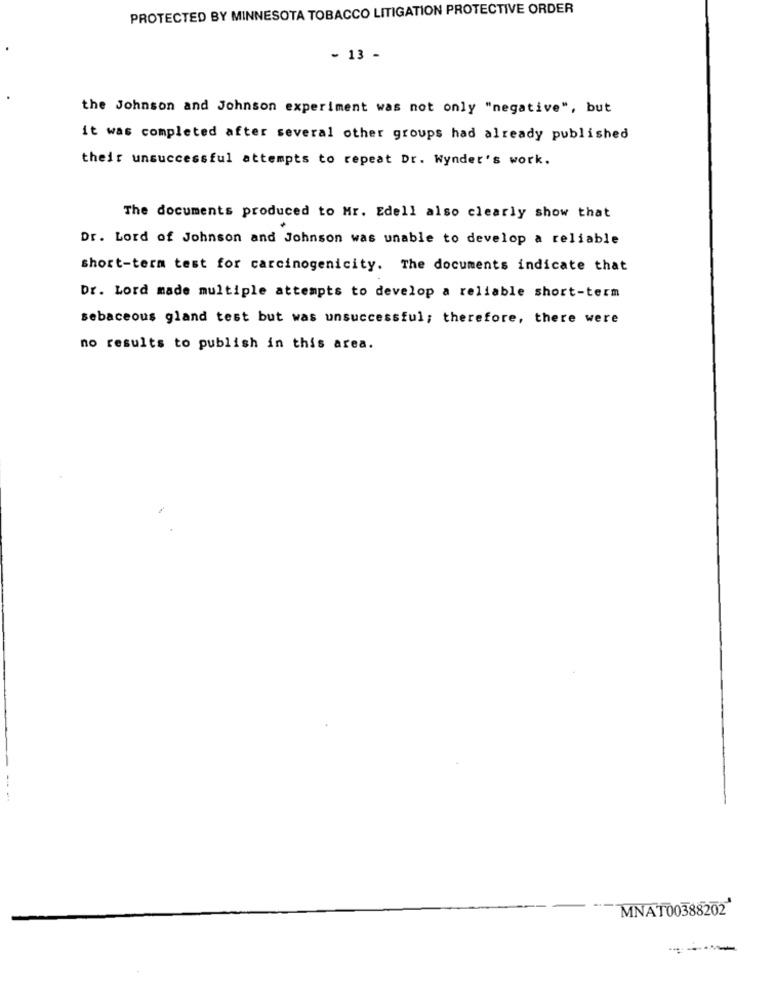
PROTECTED BY MINNESOTA TOBACCO LITIGATION PROTECTIVE ORDER
- 13 -
the Johnson and Johnson experiment was not only "negative", but
it was completed after several other groups had already published
their unsuccessful attempts to repeat Dr. Wynder's work.
The documents produced to Mr. Edell also clearly show that
Dr. Lord of Johnson and Johnson was unable to develop a reliable
short-term test for carcinogenicity. The documents indicate that
Dr. Lord made multiple attempts to develop a reliable short-term
sebaceous gland test but was unsuccessful; therefore, there were
no results to publish in this area.
MNAT00388202
----